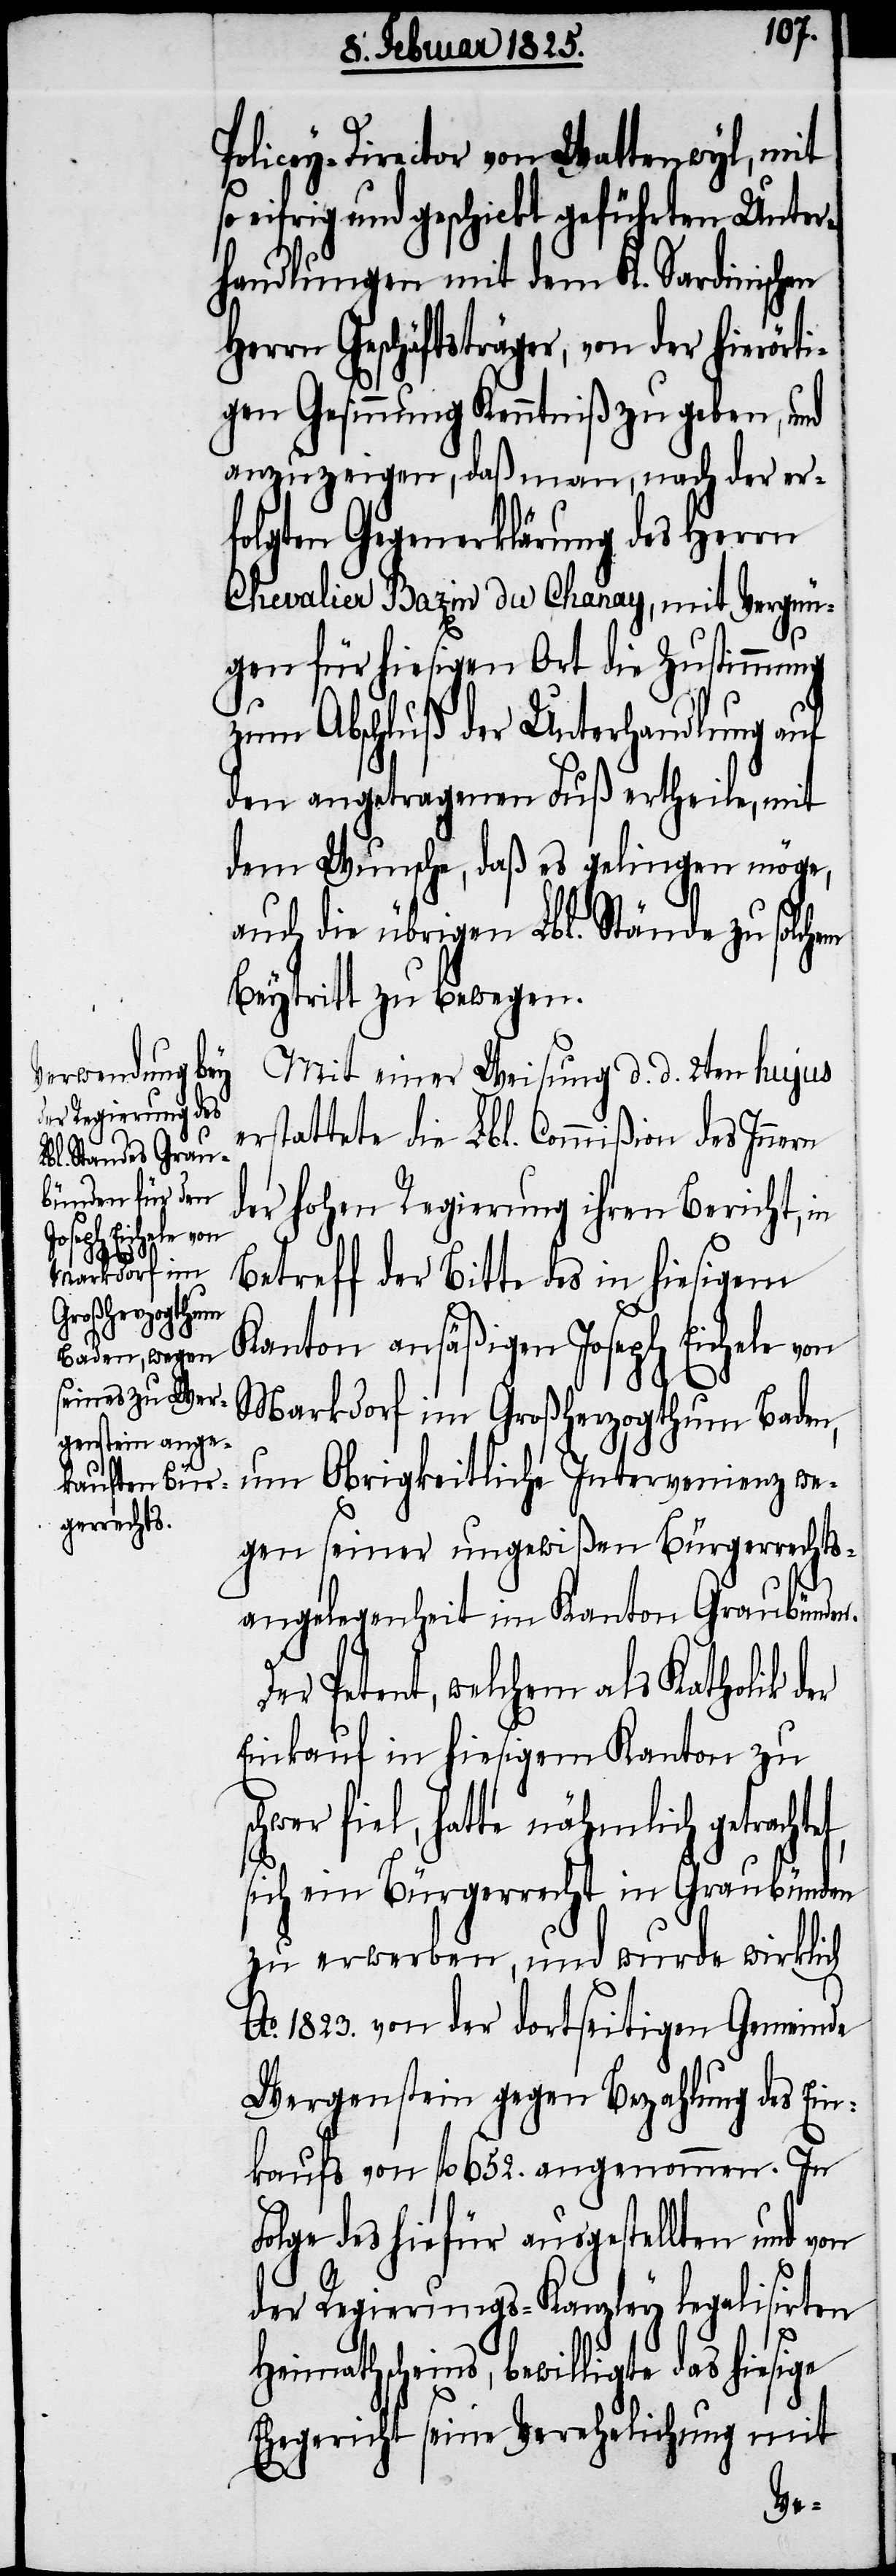
F¬

Policey-Director von Wattenwyl, mit
so eifrig und geschickt geführten Unter¬
handlungen mit dem K. Sardinischen
Herrn Geschäftsträger, von der hierörti¬
gen Gesinnung Kenntniß zu geben, und
anzuzeigen, daß man, nach der er¬
folgten Gegenerklärung des Herrn
Chevalier Bazin du Chanay, mit Vergnü¬
gen für hiesigen Ort die Zustimmung
zum Abschluß der Unterhandlung auf
den angetragenen Fuß ertheile, mit
dem Wunsche, daß es gelingen möge,
auch die übrigen Lbl. Stände zu solch¬
Beytritt zu bewegen.
Mit einer Weisung d. d. 2ten hujus
erstattete die Lbl. Commißion des Inne¬
der hohen Regierung ihren Bericht, in
Betreff der Bitte des in hiesigem
Kanton ansäßigen Joseph Eichele von
Markdorf im Großherzogthum Baden,
um Obrigkeitliche Intervenienz we¬
gen seiner ungewißen Bürgerrechts¬
angelegenheit im Kanton Graubünden.
Der Petent, welchem als Katholik der
Einkauf in hiesigem Kanton zu
chwer fiel, hatte nähmlich getracht¬
sich ein Bürgerrecht in Graubünden
zu erwerben, und wurde wirklich
Ao. 1823. von der dortseitigen Gemeinde
Wergenstein gegen Bezahlung des Ein¬
kaufs von fl 652. angenommen. In
olge des hiefür ausgestellten und
der Regierungs-Kanzley legalisirten
s¬
Heimathscheins, bewilligte das hiesige
Ehegericht seine Verehelichung mit